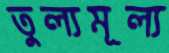
তুল্যমূল্য